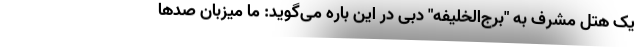
یک هتل مشرف به "برج‌الخلیفه" دبی در این باره می‌گوید: ما میزبان صدها